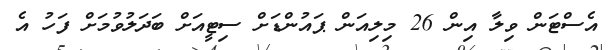
އެސްޓަން ވިލާ އިން 26 މިލިއަން ޕައުންޑަށް ސިޓީއަށް ބަދަލުވުމަށް ފަހު އެ